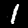
Digit: 1